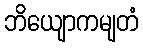
ဘိယျောကမျတံ